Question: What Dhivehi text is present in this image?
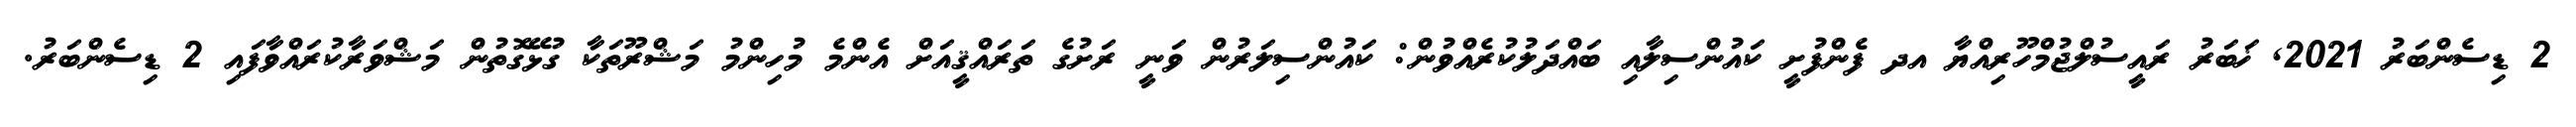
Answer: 2 ޑިސެންބަރު 2021, ޚަބަރު ރައީސުލްޖުމްހޫރިއްޔާ އދ ފެންފުށީ ކައުންސިލާއި ބައްދަލުކުރެއްވުން: ކައުންސިލަރުން ވަނީ ރަށުގެ ތަރައްޤީއަށް އެންމެ މުހިންމު މަޝްރޫތަކާ ގުޅޭގޮތުން މަޝްވަރާކުރައްވާފައި 2 ޑިސެންބަރު.